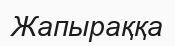
Жапыраққа